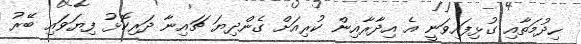
ހިދުމަތާއި ގުޅިފައިވަނީ އެ އިދާރާއިން ކުރިއަށް ގެންދިޔަ ޗައިނާ ދަރިކޮޅު ފިޔަވައި ބޭރު